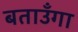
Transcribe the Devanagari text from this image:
बताउँगा